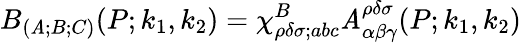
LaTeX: B_{(\mathit{A};B;C)}(P;k_{1},k_{2})=\chi_{\rho\delta\sigma;abc}^{B}\mathit{A}_{\alpha\beta\gamma}^{\rho\delta\sigma}(P;k_{1},k_{2})